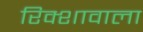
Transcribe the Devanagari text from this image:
रिक्शावाला